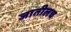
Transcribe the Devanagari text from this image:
जातीलच